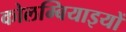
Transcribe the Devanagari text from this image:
कोलम्बियाइयों